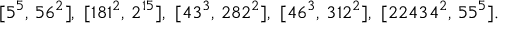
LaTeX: [ 5 ^ { 5 } , \, 5 6 ^ { 2 } ] , \ [ 1 8 1 ^ { 2 } , \, 2 ^ { 1 5 } ] , \ [ 4 3 ^ { 3 } , \, 2 8 2 ^ { 2 } ] , \ [ 4 6 ^ { 3 } , \, 3 1 2 ^ { 2 } ] , \ [ 2 2 4 3 4 ^ { 2 } , \, 5 5 ^ { 5 } ] .